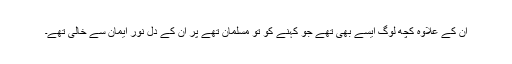
ان کے علاوہ کچھ لوگ ایسے بھی تھے جو کہنے کو تو مسلمان تھے پر ان کے دل نورِ ایمان سے خالی تھے۔